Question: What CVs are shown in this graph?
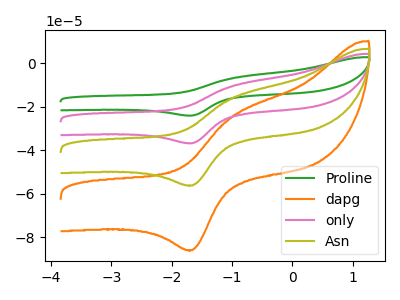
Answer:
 <answer>The green curve is labeled "Proline". The orange curve is labeled "dapg". The pink curve is labeled "only". The olive curve is labeled "Asn".</answer>
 <eval></eval>